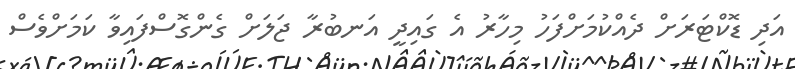
އަދި ޑޮކްޓަރަށް ދެއްކުމަށްފަހު މިހާރު އެ ގައިދީ އަނބުރާ ޖަލަށް ގެންގޮސްފައިވާ ކަމަށްވެސް